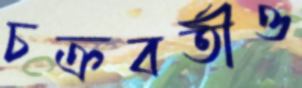
চক্রবর্তীও